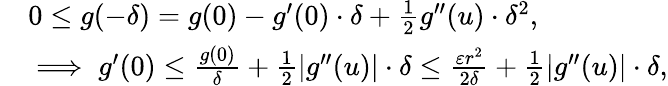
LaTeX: \begin{array}{rl}&{0\leq g(-\delta)=g(0)-g^{\prime}(0)\cdot\delta+\frac{1}{2}g^{\prime\prime}(u)\cdot\delta^{2},}\\ &{\implies g^{\prime}(0)\leq\frac{g(0)}{\delta}+\frac{1}{2}|g^{\prime\prime}(u)|\cdot\delta\leq\frac{\varepsilon r^{2}}{2\delta}+\frac{1}{2}|g^{\prime\prime}(u)|\cdot\delta,}\end{array}